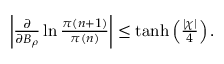
\begin{array} { r } { \left| \frac { \partial } { \partial B _ { \rho } } \ln \frac { \pi ( n + 1 ) } { \pi ( n ) } \right| \le \operatorname { t a n h } \left( \frac { | \chi | } { 4 } \right) . } \end{array}